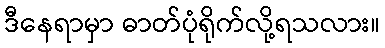
ဒီနေရာမှာ ဓာတ်ပုံရိုက်လို့ရသလား။